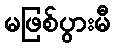
မဖြစ်ပွားမီ